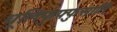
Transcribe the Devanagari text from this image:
धूलिफुफ्फुसार्ति